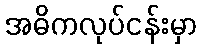
အဓိကလုပ်ငန်းမှာ